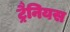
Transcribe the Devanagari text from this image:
ट्रैनियस